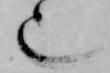
也